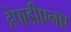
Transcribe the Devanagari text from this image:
हेपाडीएनए